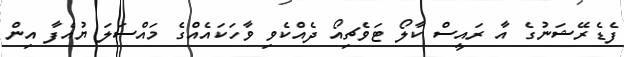
ފެޑެރޭޝަނުގެ އާ ރައީސް ކާލޯ ޓަވެޗިއޯ ދެއްކެވި ވާހަކައެއްގެ މައްސަލަ ޔުއެފާ އިން